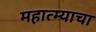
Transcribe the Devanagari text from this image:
महात्म्याचा